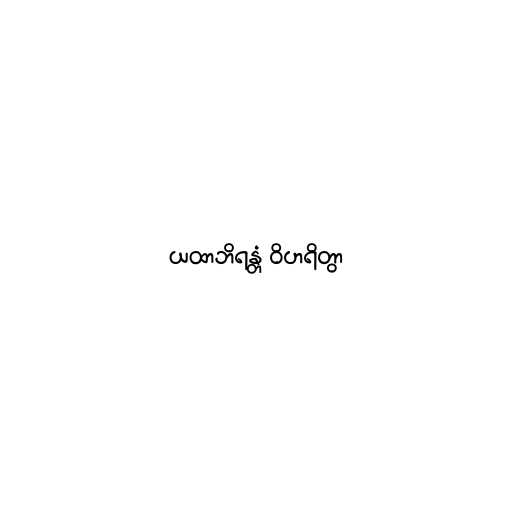
ယထာဘိရန္တံ ဝိဟရိတွာ